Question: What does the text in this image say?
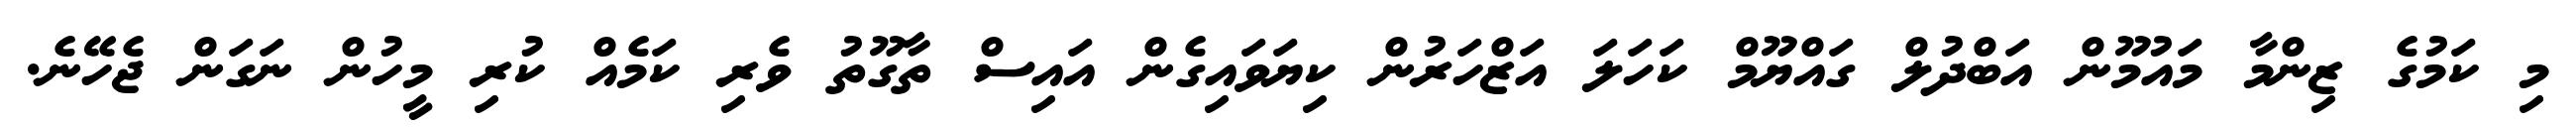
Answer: މި ކަމުގެ ޒިންމާ މައުމޫން އަބްދުލް ގައްޔޫމް ކަހަލަ އަޒްހަރުން ކިޔަވައިގެން އައިސް ތާގޫތު ވެރި ކަމެއް ކުރި މީހުން ނަގަން ޖެހޭނެ.